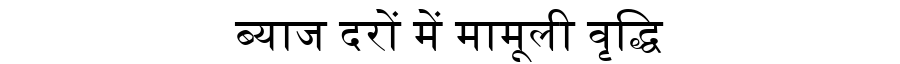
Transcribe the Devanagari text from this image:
ब्याज दरों में मामूली वृद्धि